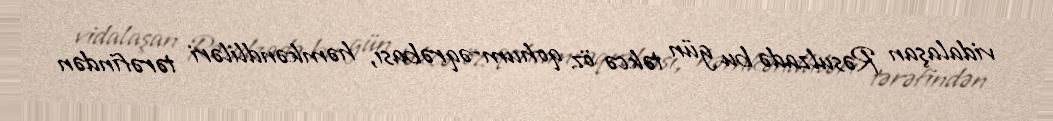
vidalaşan Rəsulzadə bu gün təkcə öz qohum-əqrəbası, həmkəndliləri tərəfindən